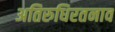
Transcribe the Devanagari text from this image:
अतिरुधिरतनाव